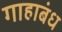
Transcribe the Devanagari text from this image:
गाहाबंध